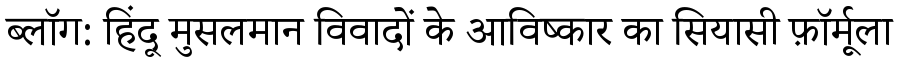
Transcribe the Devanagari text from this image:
ब्लॉग: हिंदू मुसलमान विवादों के आविष्कार का सियासी फ़ॉर्मूला